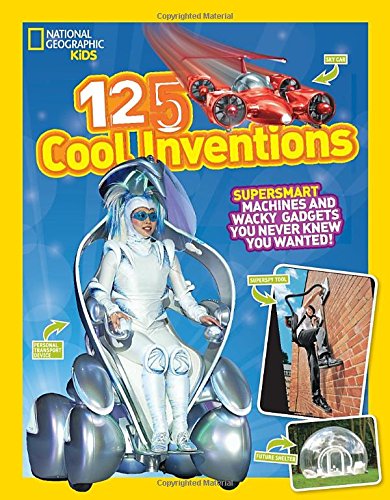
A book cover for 125 Cool Inventions: Supersmart Machines and Wacky Gadgets You Never Knew You Wanted! (National Geographic Kids); National Geographic Kids; Children's Books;